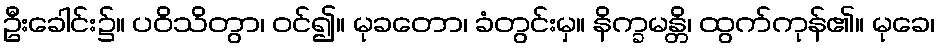
ဦးခေါင်း၌။ ပဝိသိတွာ၊ ဝင်၍။ မုခတော၊ ခံတွင်းမှ။ နိက္ခမန္တိ၊ ထွက်ကုန်၏။ မုခေ၊